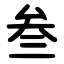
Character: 叁